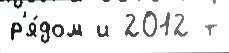
р'я́дом и 2012 т